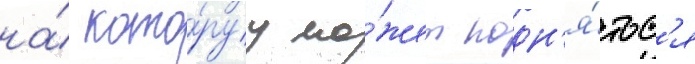
на́ кото́руу мо́жет подн'я́тьс'я